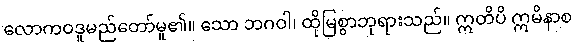
လောကဝဒူမည်တော်မူ၏။ သော ဘဂဝါ၊ ထိုမြစွာဘုရားသည်။ ဣတိပိ ဣမိနာစ